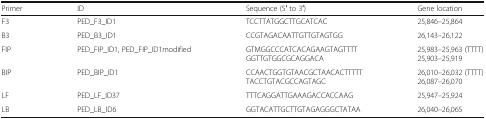
<table><thead><tr><td><b>Primer</b></td><td><b>ID</b></td><td><b>Sequence (5′ to 3′)</b></td><td><b>Gene location</b></td></tr></thead><tbody><tr><td>F3</td><td>PED_F3_ID1</td><td>TCCTTATGGCTTGCATCAC</td><td>25,846–25,864</td></tr><tr><td>B3</td><td>PED_B3_ID1</td><td>CCGTAGACAATTGTTGTAGTGG</td><td>26,143–26,122</td></tr><tr><td>FIP</td><td>PED_FIP_ID1, PED_FIP_ID1modified</td><td>GTMGGCCCATCACAGAAGTAGTTTTGGTTGTGGCGCAGGACA</td><td>25,983–25,963 (TTTT)25,903–25,919</td></tr><tr><td>BIP</td><td>PED_BIP_ID1</td><td>CCAACTGGTGTAACGCTAACACTTTTTTACCTGTACGCCAGTAGC</td><td>26,010–26,032 (TTTT)26,087–26,070</td></tr><tr><td>LF</td><td>PED_LF_ID37</td><td>TTTCAGGATTGAAAGACCACCAAG</td><td>25,947–25,924</td></tr><tr><td>LB</td><td>PED_LB_ID6</td><td>GGTACATTGCTTGTAGAGGGCTATAA</td><td>26,040–26,065</td></tr></tbody></table>